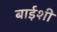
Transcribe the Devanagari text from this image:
बाईशी